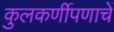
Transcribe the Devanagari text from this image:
कुलकर्णीपणाचें